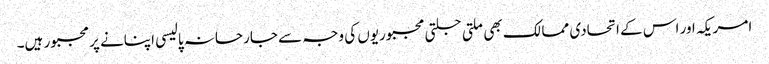
امریکہ اور اس کے اتحادی ممالک بھی ملتی جلتی مجبوریوں کی وجہ سے جارحانہ پالیسی اپنانے پر مجبور ہیں۔